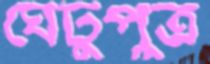
ঘেটুপুত্র